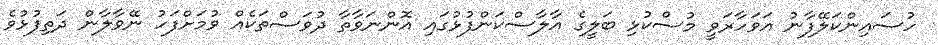
ހުސައިންކަލޭފާނު އަވަހާރަވީ މުސްކުޅި ބަލީގެ އާލާސްކަންފުޅުގައި އޮންނަވާތާ ދުވަސްތަކެއް ވުމަށްފަހު ނޭވާލާން ދަތިފުޅުވެ